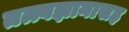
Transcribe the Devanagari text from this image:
तत्त्वज्ञानासह